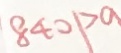
8 4 0 1 > a